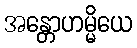
အန္တောဟမ္မိယေ